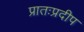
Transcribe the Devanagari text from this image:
प्रातःप्रदीप